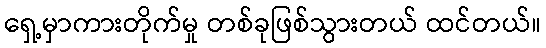
ရှေ့မှာကားတိုက်မှု တစ်ခုဖြစ်သွားတယ် ထင်တယ်။